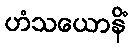
ဟံသယောနိံ